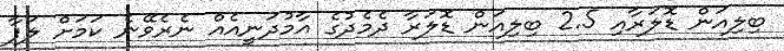
ބިލިއަން ޑޮލަރާއި 2.5 ބިލިއަން ޑޮލަރާ ދެމެދުގެ އާމުދަނީއެއް ނެރެވޭނެ ކަމަށް ލަފާ